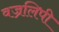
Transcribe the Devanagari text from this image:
वज्रलिपी